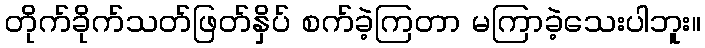
တိုက်ခိုက်သတ်ဖြတ်နှိပ် စက်ခဲ့ကြတာ မကြာခဲ့သေးပါဘူး။